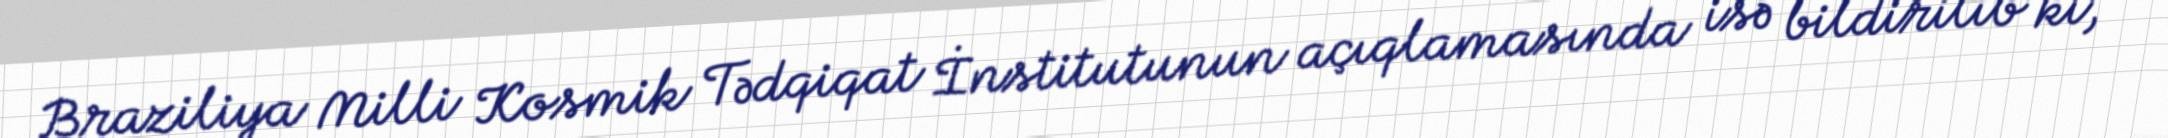
Braziliya Milli Kosmik Tədqiqat İnstitutunun açıqlamasında isə bildirilib ki,